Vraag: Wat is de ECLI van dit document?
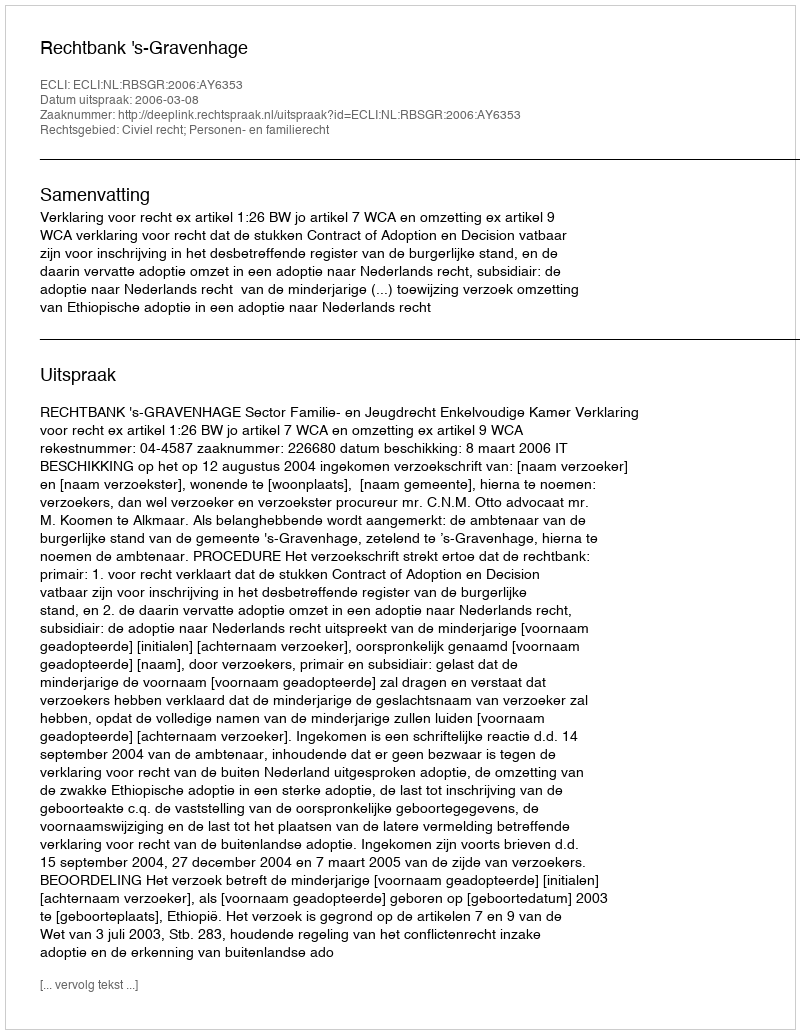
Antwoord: ECLI:NL:RBSGR:2006:AY6353